38_143685_box7_Incident_Summaries_1-100
Agency: Department of War
Page 185
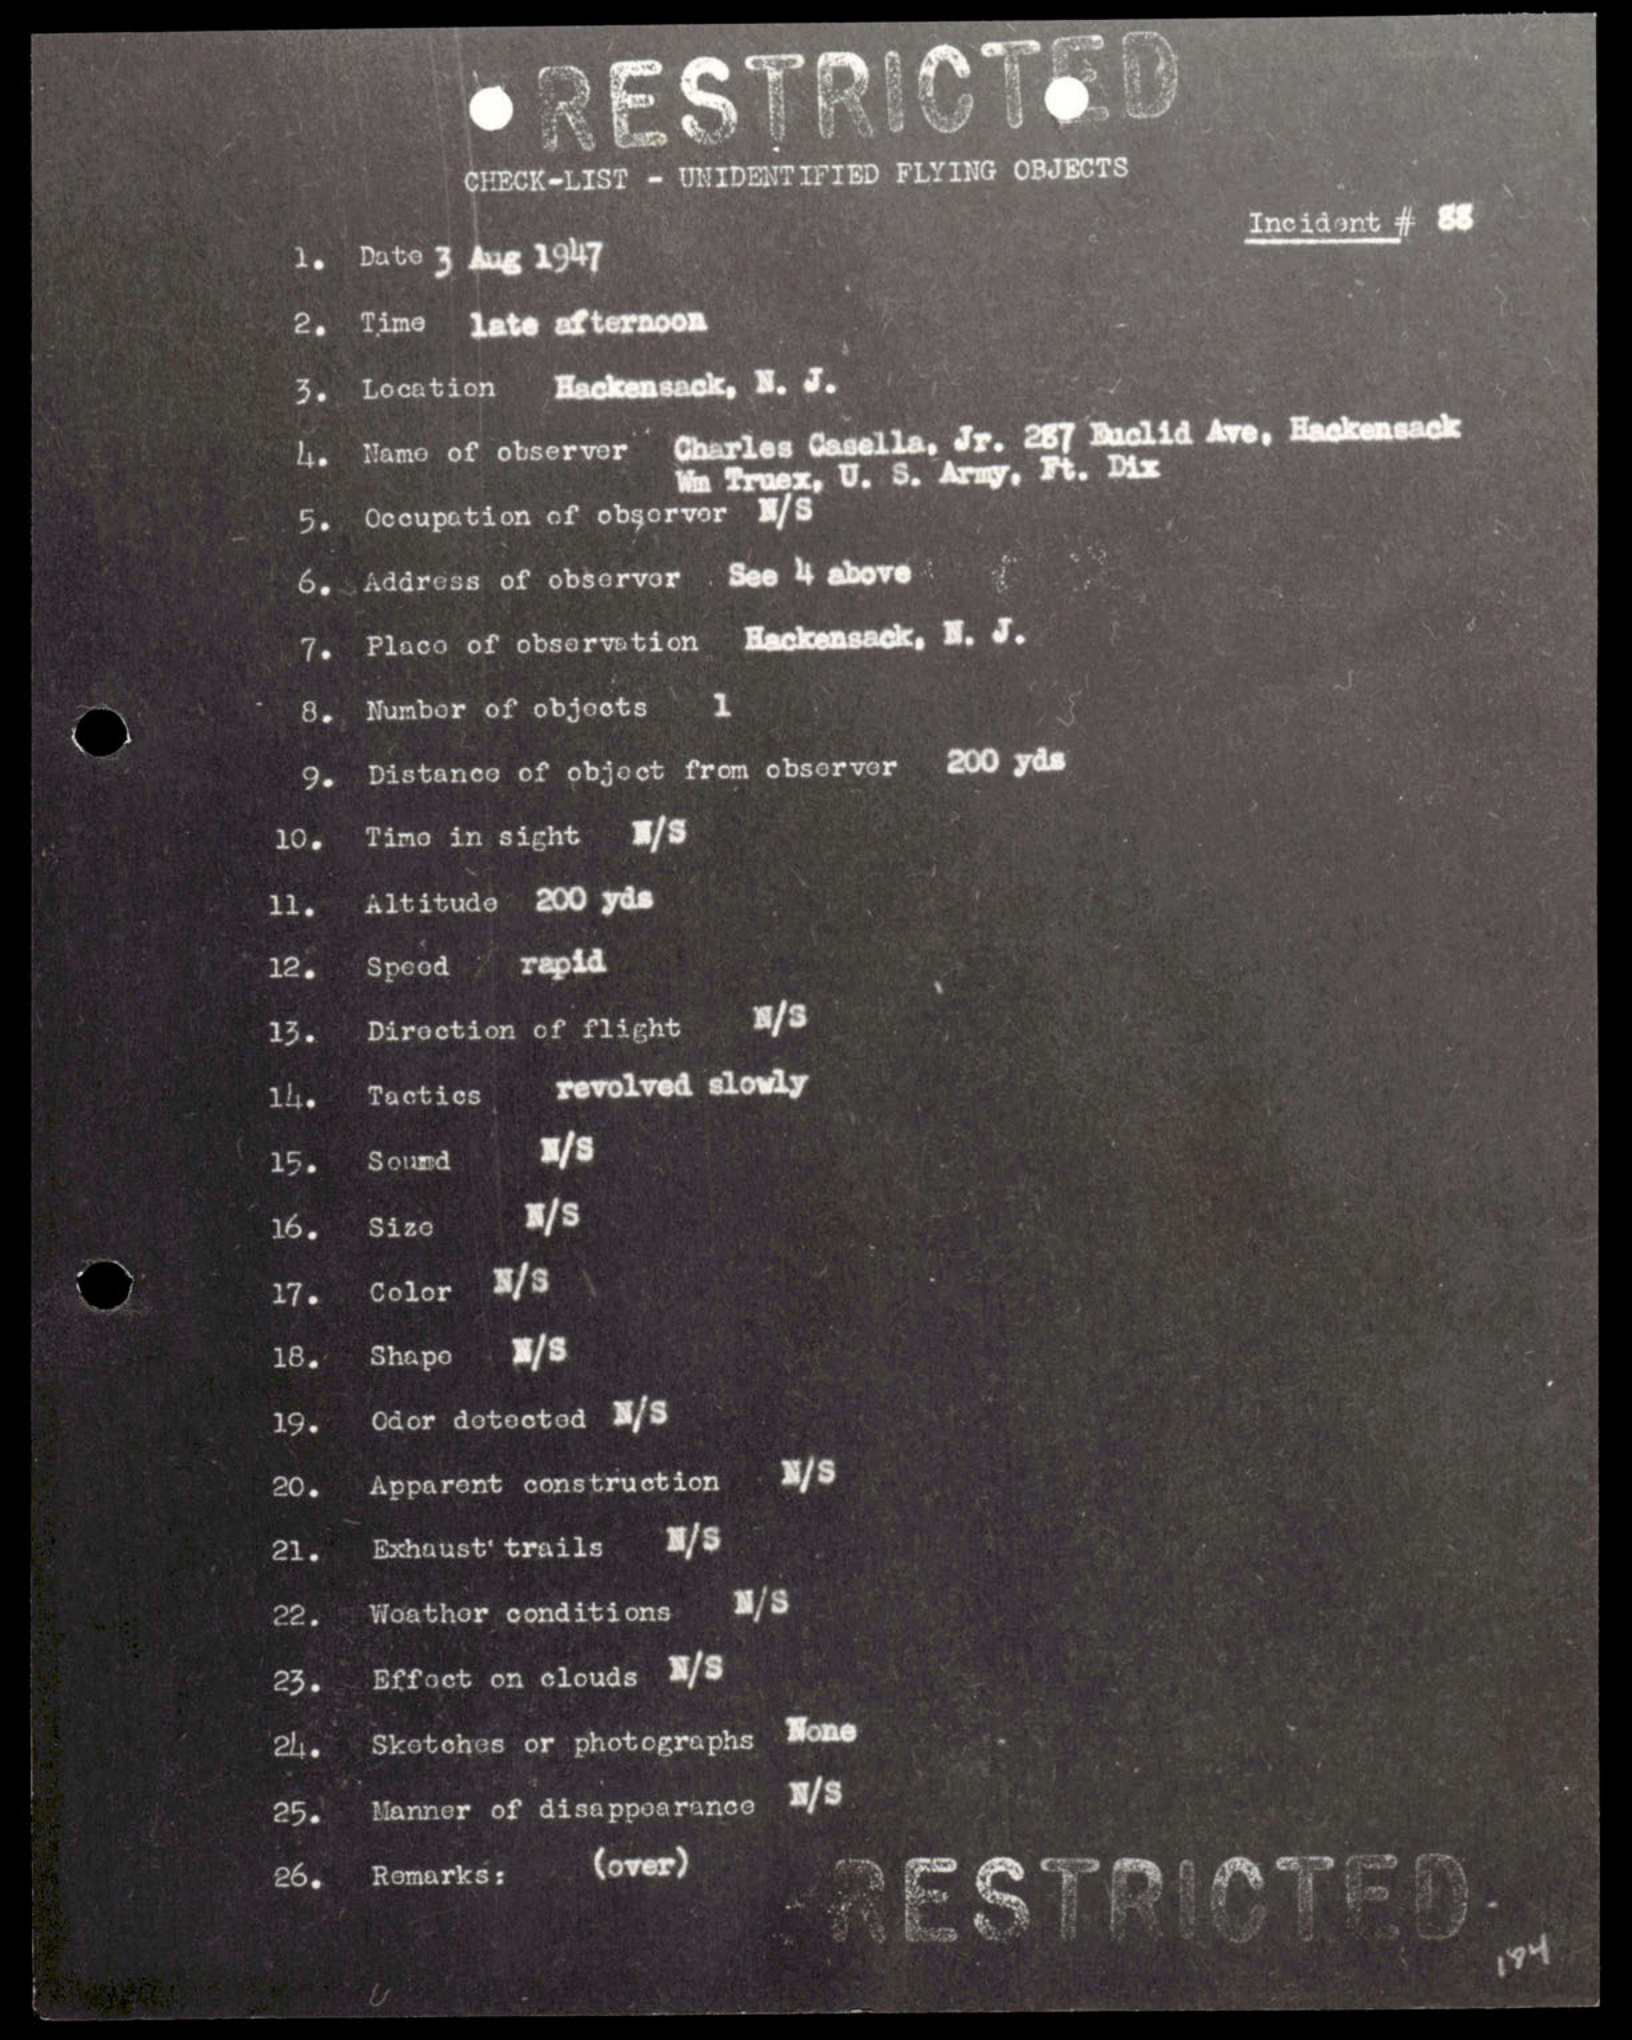